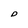
Character: D